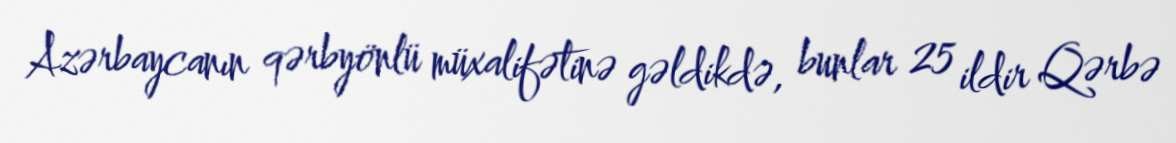
Azərbaycanın qərbyönlü müxalifətinə gəldikdə, bunlar 25 ildir Qərbə